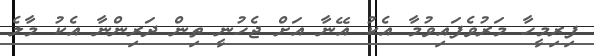
ފިރިމީހާ މަރުވެފައިވުމާ އެކު އޭނާ އަށް ޖެހުނީ ތިން ދަރިންނާ އެކު މާލެ